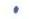
.